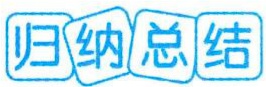
归纳总结